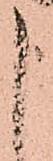
申